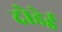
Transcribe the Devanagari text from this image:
दोडेई